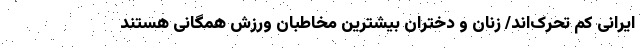
ایرانی کم تحرک‌اند/ زنان و دختران بیشترین مخاطبان ورزش همگانی هستند